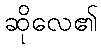
ဆိုလေ၏